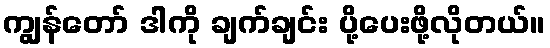
ကျွန်တော် ဒါကို ချက်ချင်း ပို့ပေးဖို့လိုတယ်။